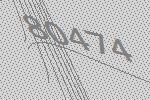
80474